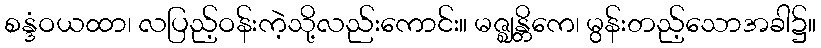
စန္ဒံဝယထာ၊ လပြည့်ဝန်းကဲ့သို့လည်းကောင်း။ မဇ္ဈန္တိကေ၊ မွန်းတည့်သောအခါ၌။